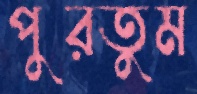
পুরতুম